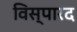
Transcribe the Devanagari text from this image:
विस्पारद